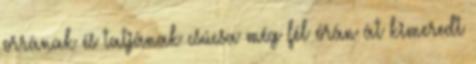
orrának és tatjának csúcsa még fél órán át kimeredt